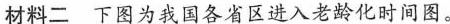
材料二下图为我国各省区进入老龄化时间图。